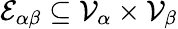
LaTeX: \mathcal{E}_{\alpha\beta}\subseteq\mathcal{V}_{\alpha}\times\mathcal{V}_{\beta}